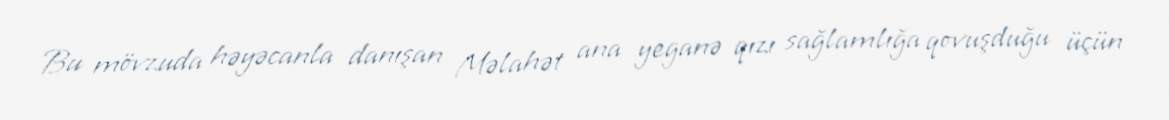
Bu mövzuda həyəcanla danışan Məlahət ana yeganə qızı sağlamlığa qovuşduğu üçün